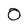
Character: 0